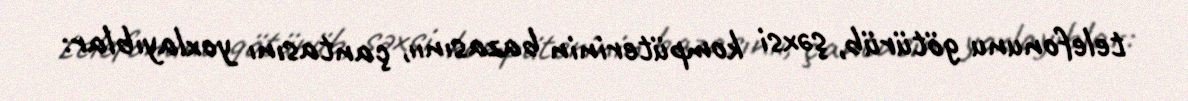
telefonunu götürüb, şəxsi kompüterinin bazasınıı, çantasını yoxlayıblar: